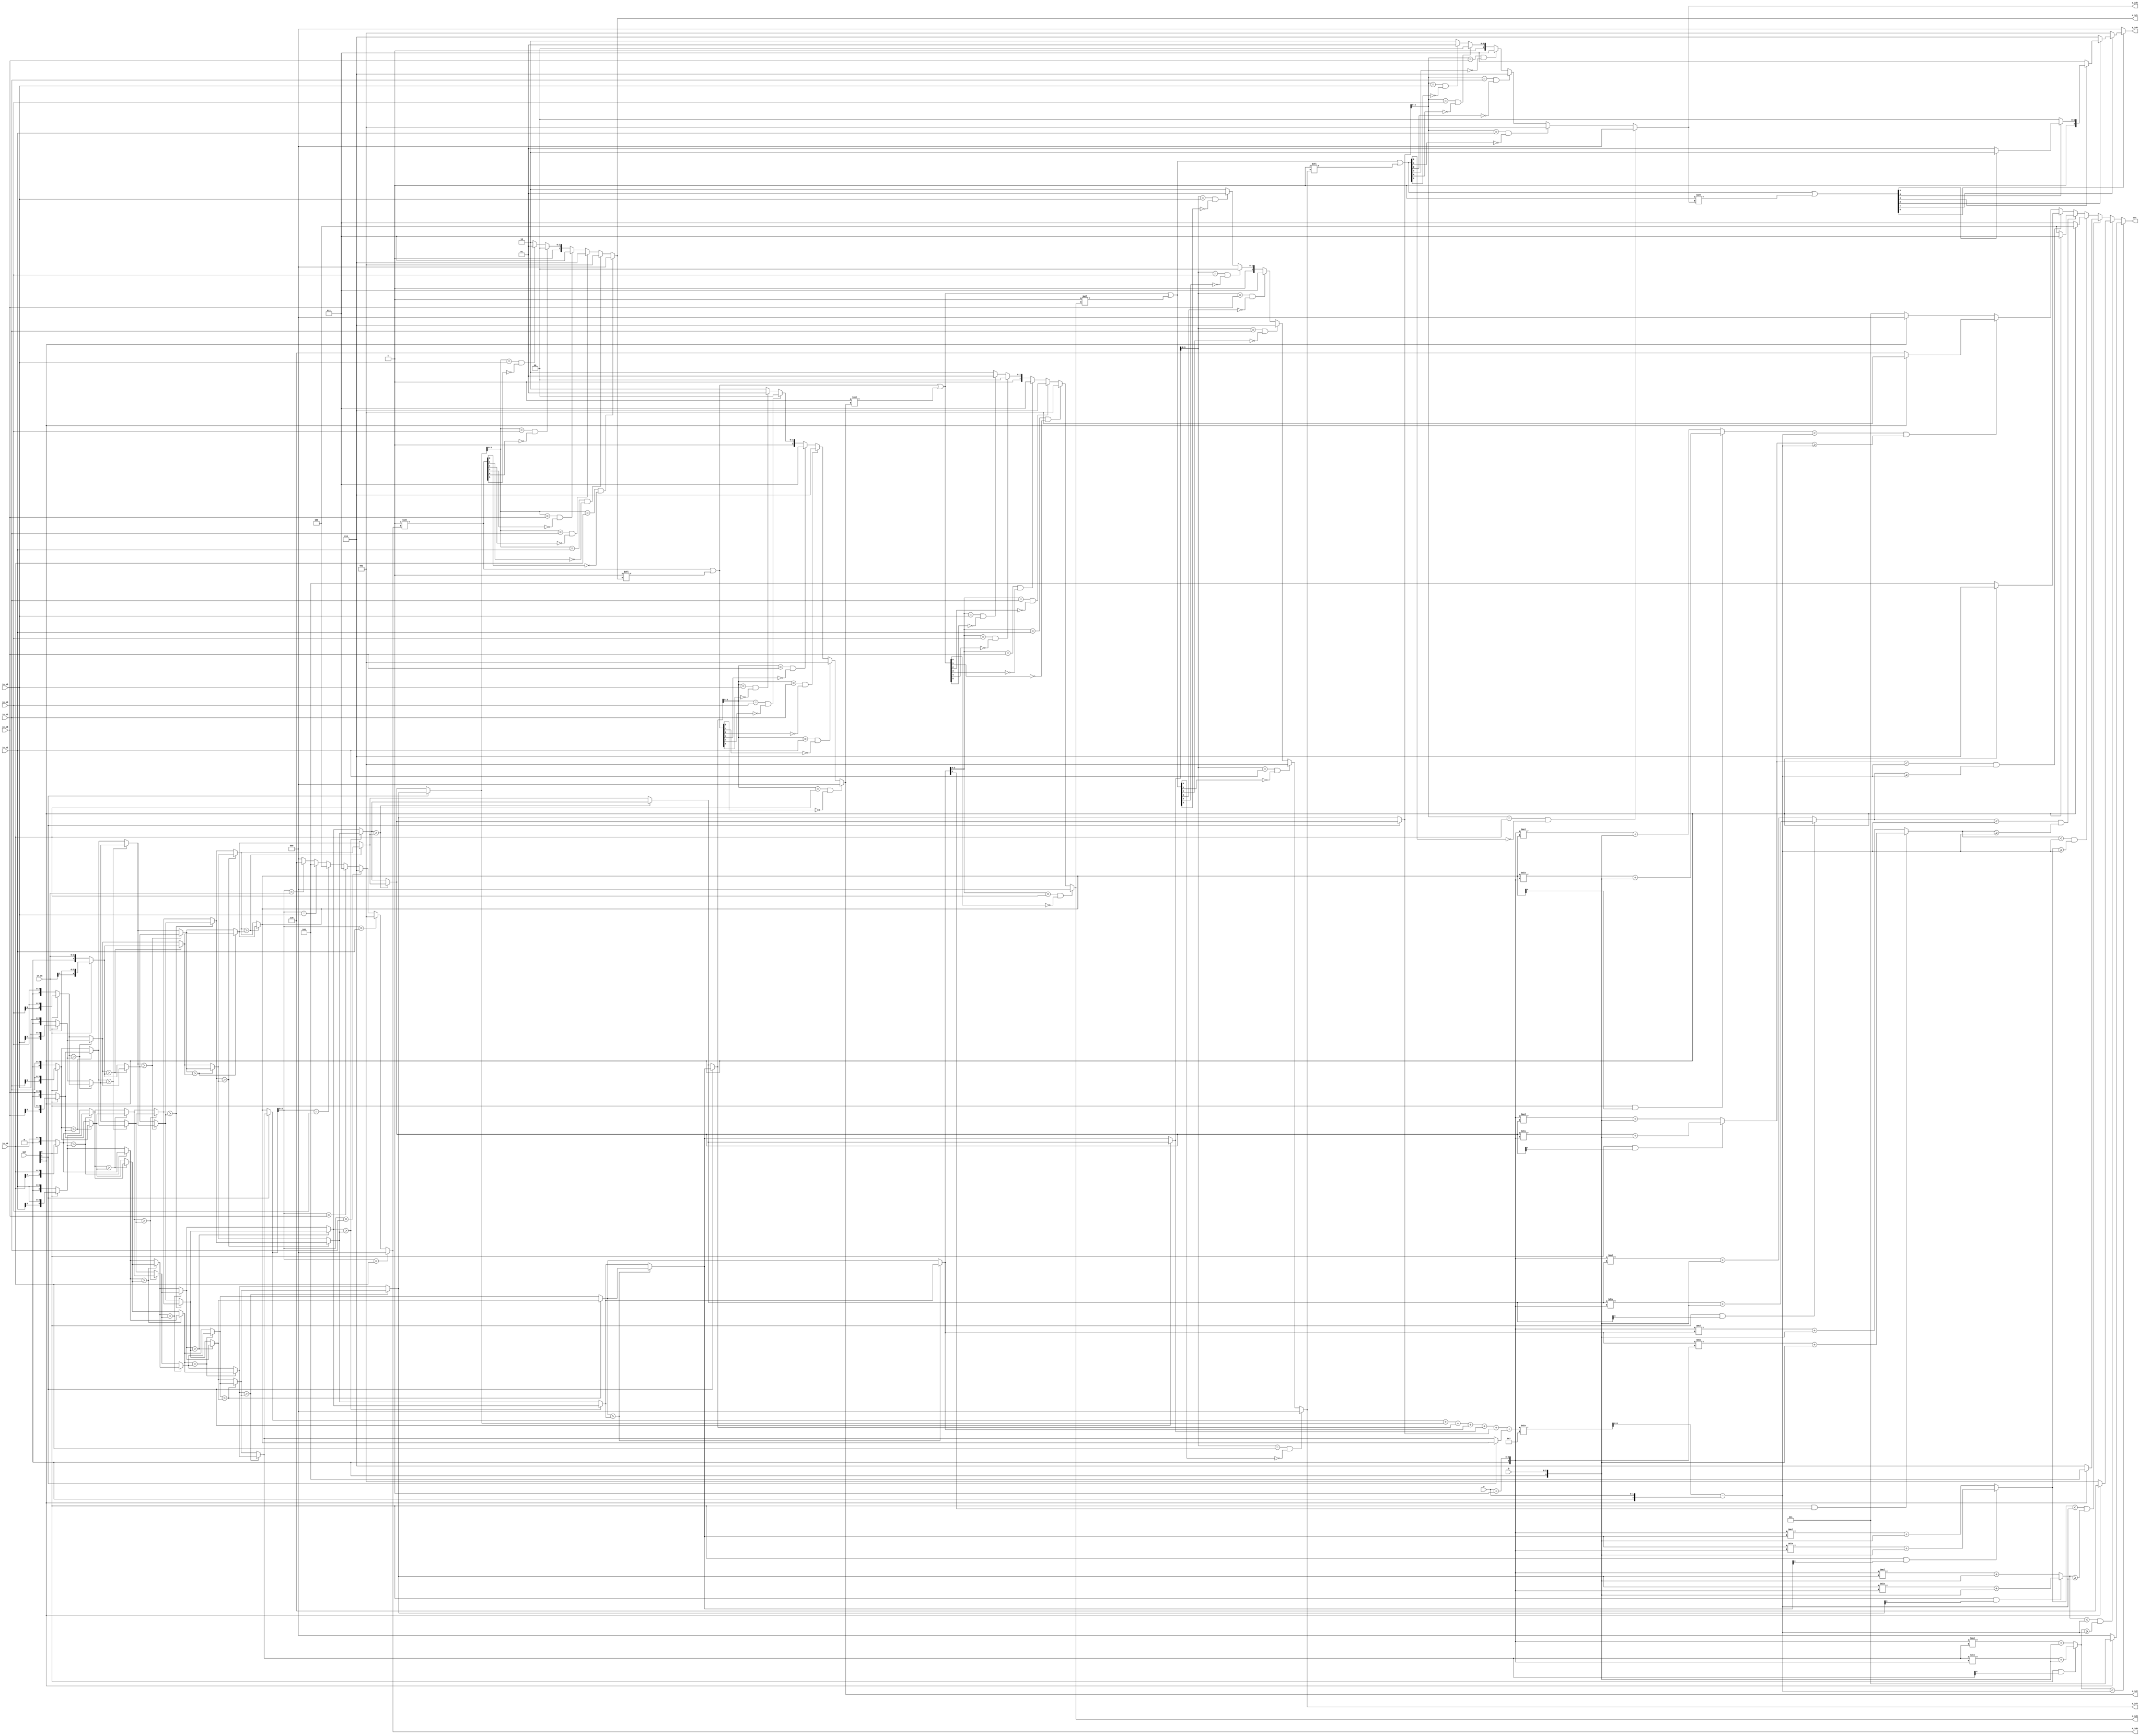
module CC(
  in_s0,
  in_s1,
  in_s2,
  in_s3,
  in_s4,
  in_s5,
  in_s6,
  opt,
  a,
  b,
  s_id0,
  s_id1,
  s_id2,
  s_id3,
  s_id4,
  s_id5,
  s_id6,
  out

);
input wire [3:0] in_s0;
input wire [3:0] in_s1;
input wire [3:0] in_s2;
input wire [3:0] in_s3;
input wire [3:0] in_s4;
input wire [3:0] in_s5;
input wire [3:0] in_s6;
input wire [2:0] opt;
input wire [1:0] a;
input wire [2:0] b;
output reg [2:0] s_id0;
output reg [2:0] s_id1;
output reg [2:0] s_id2;
output reg [2:0] s_id3;
output reg [2:0] s_id4;
output reg [2:0] s_id5;
output reg [2:0] s_id6;
output reg [2:0] out; 
//==================================================================
// reg & wire
//==================================================================
wire signed [4:0] lv0_n0, lv0_n1, lv0_n2, lv0_n3, lv0_n4, lv0_n5, lv0_n6;
wire signed [4:0] lv1_n0, lv1_n1, lv1_n2, lv1_n3, lv1_n4, lv1_n5, lv1_n6;
wire signed [4:0] lv2_n0, lv2_n1, lv2_n2, lv2_n3, lv2_n4, lv2_n5, lv2_n6;
wire signed [4:0] lv3_n0, lv3_n1, lv3_n2, lv3_n3, lv3_n4, lv3_n5, lv3_n6;
wire signed [4:0] lv4_n0, lv4_n1, lv4_n2, lv4_n3, lv4_n4, lv4_n5, lv4_n6;
wire signed [4:0] lv5_n0, lv5_n1, lv5_n2, lv5_n3, lv5_n4, lv5_n5, lv5_n6;
wire signed [4:0] lv6_n0, lv6_n1, lv6_n2, lv6_n3, lv6_n4, lv6_n5, lv6_n6;
wire signed [4:0] lv7_n0, lv7_n1, lv7_n2, lv7_n3, lv7_n4, lv7_n5, lv7_n6;
wire signed [4:0] n0, n1, n2, n3, n4, n5, n6;
wire [6:0] lv1_flag, lv2_flag, lv3_flag, lv4_flag, lv5_flag, lv6_flag;
wire signed [9:0] sum;
wire signed [6:0] avg;
wire signed [2:0] signed_a;
wire signed [8:0] passScore;
wire signed [3:0] aPlus1;
wire signed [3:0] signed_b;
reg signed [8:0] score[6:0];

//==================================================================
// design
//==================================================================
assign lv0_n0 = opt[0] ? {in_s0[3], in_s0} : {1'b0, in_s0};
assign lv0_n1 = opt[0] ? {in_s1[3], in_s1} : {1'b0, in_s1};
assign lv0_n2 = opt[0] ? {in_s2[3], in_s2} : {1'b0, in_s2};
assign lv0_n3 = opt[0] ? {in_s3[3], in_s3} : {1'b0, in_s3};
assign lv0_n4 = opt[0] ? {in_s4[3], in_s4} : {1'b0, in_s4};
assign lv0_n5 = opt[0] ? {in_s5[3], in_s5} : {1'b0, in_s5};
assign lv0_n6 = opt[0] ? {in_s6[3], in_s6} : {1'b0, in_s6};

// begin of descend sorting
// lv1
assign lv1_n0 = lv0_n0 > lv0_n1 ? lv0_n0 : lv0_n1;
assign lv1_n1 = lv0_n0 > lv0_n1 ? lv0_n1 : lv0_n0;
assign lv1_n2 = lv0_n2 > lv0_n3 ? lv0_n2 : lv0_n3;
assign lv1_n3 = lv0_n2 > lv0_n3 ? lv0_n3 : lv0_n2;
assign lv1_n4 = lv0_n4 > lv0_n5 ? lv0_n4 : lv0_n5;
assign lv1_n5 = lv0_n4 > lv0_n5 ? lv0_n5 : lv0_n4;
assign lv1_n6 = lv0_n6;

// lv2
assign lv2_n0 = lv1_n0;
assign lv2_n1 = lv1_n1 > lv1_n2 ? lv1_n1 : lv1_n2;
assign lv2_n2 = lv1_n1 > lv1_n2 ? lv1_n2 : lv1_n1;
assign lv2_n3 = lv1_n3 > lv1_n4 ? lv1_n3 : lv1_n4;
assign lv2_n4 = lv1_n3 > lv1_n4 ? lv1_n4 : lv1_n3;
assign lv2_n5 = lv1_n5 > lv1_n6 ? lv1_n5 : lv1_n6;
assign lv2_n6 = lv1_n5 > lv1_n6 ? lv1_n6 : lv1_n5;

// lv3
assign lv3_n0 = lv2_n0 > lv2_n1 ? lv2_n0 : lv2_n1;
assign lv3_n1 = lv2_n0 > lv2_n1 ? lv2_n1 : lv2_n0;
assign lv3_n2 = lv2_n2 > lv2_n3 ? lv2_n2 : lv2_n3;
assign lv3_n3 = lv2_n2 > lv2_n3 ? lv2_n3 : lv2_n2;
assign lv3_n4 = lv2_n4 > lv2_n5 ? lv2_n4 : lv2_n5;
assign lv3_n5 = lv2_n4 > lv2_n5 ? lv2_n5 : lv2_n4;
assign lv3_n6 = lv2_n6;

// lv4
assign lv4_n0 = lv3_n0;
assign lv4_n1 = lv3_n1 > lv3_n2 ? lv3_n1 : lv3_n2;
assign lv4_n2 = lv3_n1 > lv3_n2 ? lv3_n2 : lv3_n1;
assign lv4_n3 = lv3_n3 > lv3_n4 ? lv3_n3 : lv3_n4;
assign lv4_n4 = lv3_n3 > lv3_n4 ? lv3_n4 : lv3_n3;
assign lv4_n5 = lv3_n5 > lv3_n6 ? lv3_n5 : lv3_n6;
assign lv4_n6 = lv3_n5 > lv3_n6 ? lv3_n6 : lv3_n5;

// lv5
assign lv5_n0 = lv4_n0 > lv4_n1 ? lv4_n0 : lv4_n1;
assign lv5_n1 = lv4_n0 > lv4_n1 ? lv4_n1 : lv4_n0;
assign lv5_n2 = lv4_n2 > lv4_n3 ? lv4_n2 : lv4_n3;
assign lv5_n3 = lv4_n2 > lv4_n3 ? lv4_n3 : lv4_n2;
assign lv5_n4 = lv4_n4 > lv4_n5 ? lv4_n4 : lv4_n5;
assign lv5_n5 = lv4_n4 > lv4_n5 ? lv4_n5 : lv4_n4;
assign lv5_n6 = lv4_n6;

// lv6
assign lv6_n0 = lv5_n0;
assign lv6_n1 = lv5_n1 > lv5_n2 ? lv5_n1 : lv5_n2;
assign lv6_n2 = lv5_n1 > lv5_n2 ? lv5_n2 : lv5_n1;
assign lv6_n3 = lv5_n3 > lv5_n4 ? lv5_n3 : lv5_n4;
assign lv6_n4 = lv5_n3 > lv5_n4 ? lv5_n4 : lv5_n3;
assign lv6_n5 = lv5_n5 > lv5_n6 ? lv5_n5 : lv5_n6;
assign lv6_n6 = lv5_n5 > lv5_n6 ? lv5_n6 : lv5_n5;

// lv7
assign lv7_n0 = lv6_n0 > lv6_n1 ? lv6_n0 : lv6_n1;
assign lv7_n1 = lv6_n0 > lv6_n1 ? lv6_n1 : lv6_n0;
assign lv7_n2 = lv6_n2 > lv6_n3 ? lv6_n2 : lv6_n3;
assign lv7_n3 = lv6_n2 > lv6_n3 ? lv6_n3 : lv6_n2;
assign lv7_n4 = lv6_n4 > lv6_n5 ? lv6_n4 : lv6_n5;
assign lv7_n5 = lv6_n4 > lv6_n5 ? lv6_n5 : lv6_n4;
assign lv7_n6 = lv6_n6;
// end of descend sorting

// flip or not
assign n0 = opt[1] ? lv7_n0 : lv7_n6;
assign n1 = opt[1] ? lv7_n1 : lv7_n5;
assign n2 = opt[1] ? lv7_n2 : lv7_n4;
assign n3 = lv7_n3;            
assign n4 = opt[1] ? lv7_n4 : lv7_n2;
assign n5 = opt[1] ? lv7_n5 : lv7_n1;
assign n6 = opt[1] ? lv7_n6 : lv7_n0;


always @(*)
	case(n0[3:0])
		in_s0: s_id0 = 0;
		in_s1: s_id0 = 1;
		in_s2: s_id0 = 2;
		in_s3: s_id0 = 3;
		in_s4: s_id0 = 4;
		in_s5: s_id0 = 5;
		in_s6: s_id0 = 6;
		default: s_id0 = 0;
	endcase

assign lv1_flag = 7'b1 << s_id0; 

always @(*)
	if (n1[3:0] == in_s0 && !lv1_flag[0])
		s_id1 = 0;
	else if (n1[3:0] == in_s1 && !lv1_flag[1])
		s_id1 = 1;
	else if (n1[3:0] == in_s2 && !lv1_flag[2])
		s_id1 = 2;
	else if (n1[3:0] == in_s3 && !lv1_flag[3])
		s_id1 = 3;
	else if (n1[3:0] == in_s4 && !lv1_flag[4])
		s_id1 = 4;
	else if (n1[3:0] == in_s5 && !lv1_flag[5])
		s_id1 = 5;
	else
		s_id1 = 6;
		
assign lv2_flag = lv1_flag | (7'b1 << s_id1);
		
always @(*)
	if (n2[3:0] == in_s0 && !lv2_flag[0])
		s_id2 = 0;
	else if (n2[3:0] == in_s1 && !lv2_flag[1])
		s_id2 = 1;             
	else if (n2[3:0] == in_s2 && !lv2_flag[2])
		s_id2 = 2;             
	else if (n2[3:0] == in_s3 && !lv2_flag[3])
		s_id2 = 3;             
	else if (n2[3:0] == in_s4 && !lv2_flag[4])
		s_id2 = 4;             
	else if (n2[3:0] == in_s5 && !lv2_flag[5])
		s_id2 = 5;
	else
		s_id2 = 6;
		
assign lv3_flag = lv2_flag | (7'b1 << s_id2);
		
always @(*)
	if (n3[3:0] == in_s0 && !lv3_flag[0])
		s_id3 = 0;
	else if (n3[3:0] == in_s1 && !lv3_flag[1])
		s_id3 = 1;             
	else if (n3[3:0] == in_s2 && !lv3_flag[2])
		s_id3 = 2;             
	else if (n3[3:0] == in_s3 && !lv3_flag[3])
		s_id3 = 3;             
	else if (n3[3:0] == in_s4 && !lv3_flag[4])
		s_id3 = 4;             
	else if (n3[3:0] == in_s5 && !lv3_flag[5])
		s_id3 = 5;
	else
		s_id3 = 6;
		
assign lv4_flag = lv3_flag | (7'b1 << s_id3);
		
always @(*)
	if (n4[3:0] == in_s0 && !lv4_flag[0])
		s_id4 = 0;
	else if (n4[3:0] == in_s1 && !lv4_flag[1])
		s_id4 = 1;             
	else if (n4[3:0] == in_s2 && !lv4_flag[2])
		s_id4 = 2;             
	else if (n4[3:0] == in_s3 && !lv4_flag[3])
		s_id4 = 3;             
	else if (n4[3:0] == in_s4 && !lv4_flag[4])
		s_id4 = 4;             
	else if (n4[3:0] == in_s5 && !lv4_flag[5])
		s_id4 = 5;
	else
		s_id4 = 6;
		
assign lv5_flag = lv4_flag | (7'b1 << s_id4);

always @(*)
	if (n5[3:0] == in_s0 && !lv5_flag[0])
		s_id5 = 0;
	else if (n5[3:0] == in_s1 && !lv5_flag[1])
		s_id5 = 1;             
	else if (n5[3:0] == in_s2 && !lv5_flag[2])
		s_id5 = 2;             
	else if (n5[3:0] == in_s3 && !lv5_flag[3])
		s_id5 = 3;             
	else if (n5[3:0] == in_s4 && !lv5_flag[4])
		s_id5 = 4;             
	else if (n5[3:0] == in_s5 && !lv5_flag[5])
		s_id5 = 5;
	else
		s_id5 = 6;

assign lv6_flag = lv5_flag | (7'b1 << s_id5);

always @(*)
	if (!lv6_flag[0])
		s_id6 = 0;
	else if (!lv6_flag[1])
		s_id6 = 1;
	else if (!lv6_flag[2])
		s_id6 = 2;
	else if (!lv6_flag[3])
		s_id6 = 3;
	else if (!lv6_flag[4])
		s_id6 = 4;
	else if (!lv6_flag[5])
		s_id6 = 5;
	else
		s_id6 = 6;		


assign sum = n0 + n1 + n2 + n3 + n4 + n5 + n6;
assign avg = sum / 7;
assign signed_a = {1'b0, a};
assign passScore = avg - signed_a;
assign aPlus1 = signed_a + 1;
assign signed_b = {1'b0, b};

always @(*)
	if (opt[0] && lv7_n0[4])
		score[0] = (lv7_n0 / aPlus1) + signed_b;
	else
		score[0] = aPlus1 * lv7_n0 + signed_b;

always @(*)
	if (opt[0] && lv7_n1[4])
		score[1] = (lv7_n1 / aPlus1) + signed_b;
	else
		score[1] = aPlus1 * lv7_n1 + signed_b;

always @(*)
	if (opt[0] && lv7_n2[4])
		score[2] = (lv7_n2 / aPlus1) + signed_b;
	else
		score[2] = aPlus1 * lv7_n2 + signed_b;
		
always @(*)
	if (opt[0] && lv7_n3[4])
		score[3] = (lv7_n3 / aPlus1) + signed_b;
	else
		score[3] = aPlus1 * lv7_n3 + signed_b;
		
always @(*)
	if (opt[0] && lv7_n4[4])
		score[4] = (lv7_n4 / aPlus1) + signed_b;
	else
		score[4] = aPlus1 * lv7_n4 + signed_b;
		
always @(*)
	if (opt[0] && lv7_n5[4])
		score[5] = (lv7_n5 / aPlus1) + signed_b;
	else
		score[5] = aPlus1 * lv7_n5 + signed_b;
		
always @(*)
	if (opt[0] && lv7_n6[4])
		score[6] = (lv7_n6 / aPlus1) + signed_b;
	else
		score[6] = aPlus1 * lv7_n6 + signed_b;
		
always @(*)
	if (score[0] < passScore)
		out = opt[2] ? 7 : 0;
	else if (score[1] < passScore && score[0] >= passScore)
		out = opt[2] ? 6 : 1;
	else if (score[2] < passScore && score[1] >= passScore)
		out = opt[2] ? 5 : 2;
	else if (score[3] < passScore && score[2] >= passScore)
		out = opt[2] ? 4 : 3;
	else if (score[4] < passScore && score[3] >= passScore)
		out = opt[2] ? 3 : 4;
	else if (score[5] < passScore && score[4] >= passScore)
		out = opt[2] ? 2 : 5;
	else if (score[6] < passScore && score[5] >= passScore)
		out = opt[2] ? 1 : 6;
	else
		out = opt[2] ? 0 : 7;

endmodule